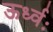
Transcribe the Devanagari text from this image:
ऊर्ध्वः